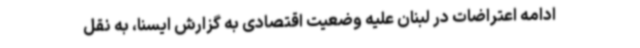
ادامه اعتراضات در لبنان علیه وضعیت اقتصادی به گزارش ایسنا، به نقل